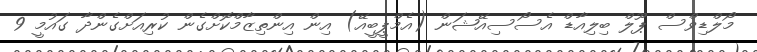
މޯލްޑިވްސް ޕޫލް ބިލިއާޑް އެސޯސިއޭޝަން (އެމްޕީބީއޭ) އިން އިންތިޒާމްކޮށްގެން ކުރިއަށްގެންދާ ގައުމީ 9